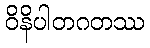
ဝိနိပါတဂတဿ